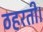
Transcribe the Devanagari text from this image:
ठहरती।